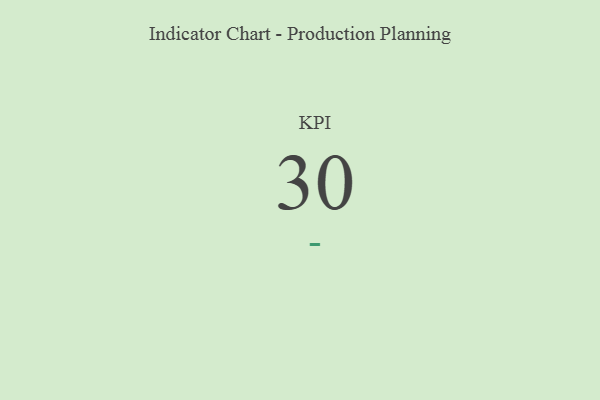
{"axis": {"x": "KPI", "y": "Value"}, "legend": [""], "data": [{"x": "KPI", "y": 30, "type": ""}]}